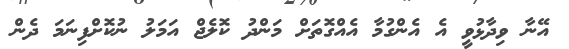
އޭނާ ވިދާޅުވީ އެ އެންގުމާ އެއްގޮތަށް މަންދު ކޮލެޖް އަމަލު ނުކޮށްފިނަމަ ދެން